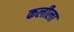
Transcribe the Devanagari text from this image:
कलीला